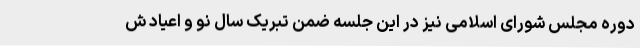
دوره مجلس شورای اسلامی نیز در این جلسه ضمن تبریک سال نو و اعیاد ش